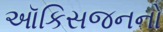
ઑકિસજનનો